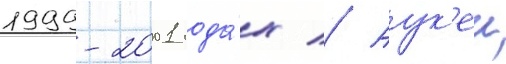
1999-2001 года́х // Аук'еи